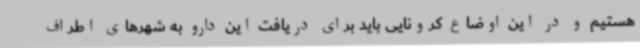
هستیم و در این اوضاع کرونایی باید برای دریافت این دارو به شهرهای اطراف